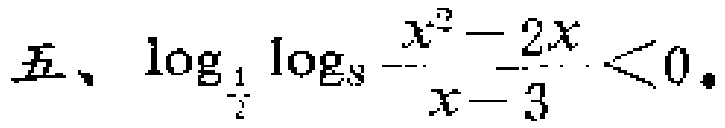
五、\(\log_{\frac{1}{2}}\log_{3}\frac{x^{2}-2x}{x - 3}<0\)